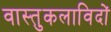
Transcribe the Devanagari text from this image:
वास्तुकलाविदों